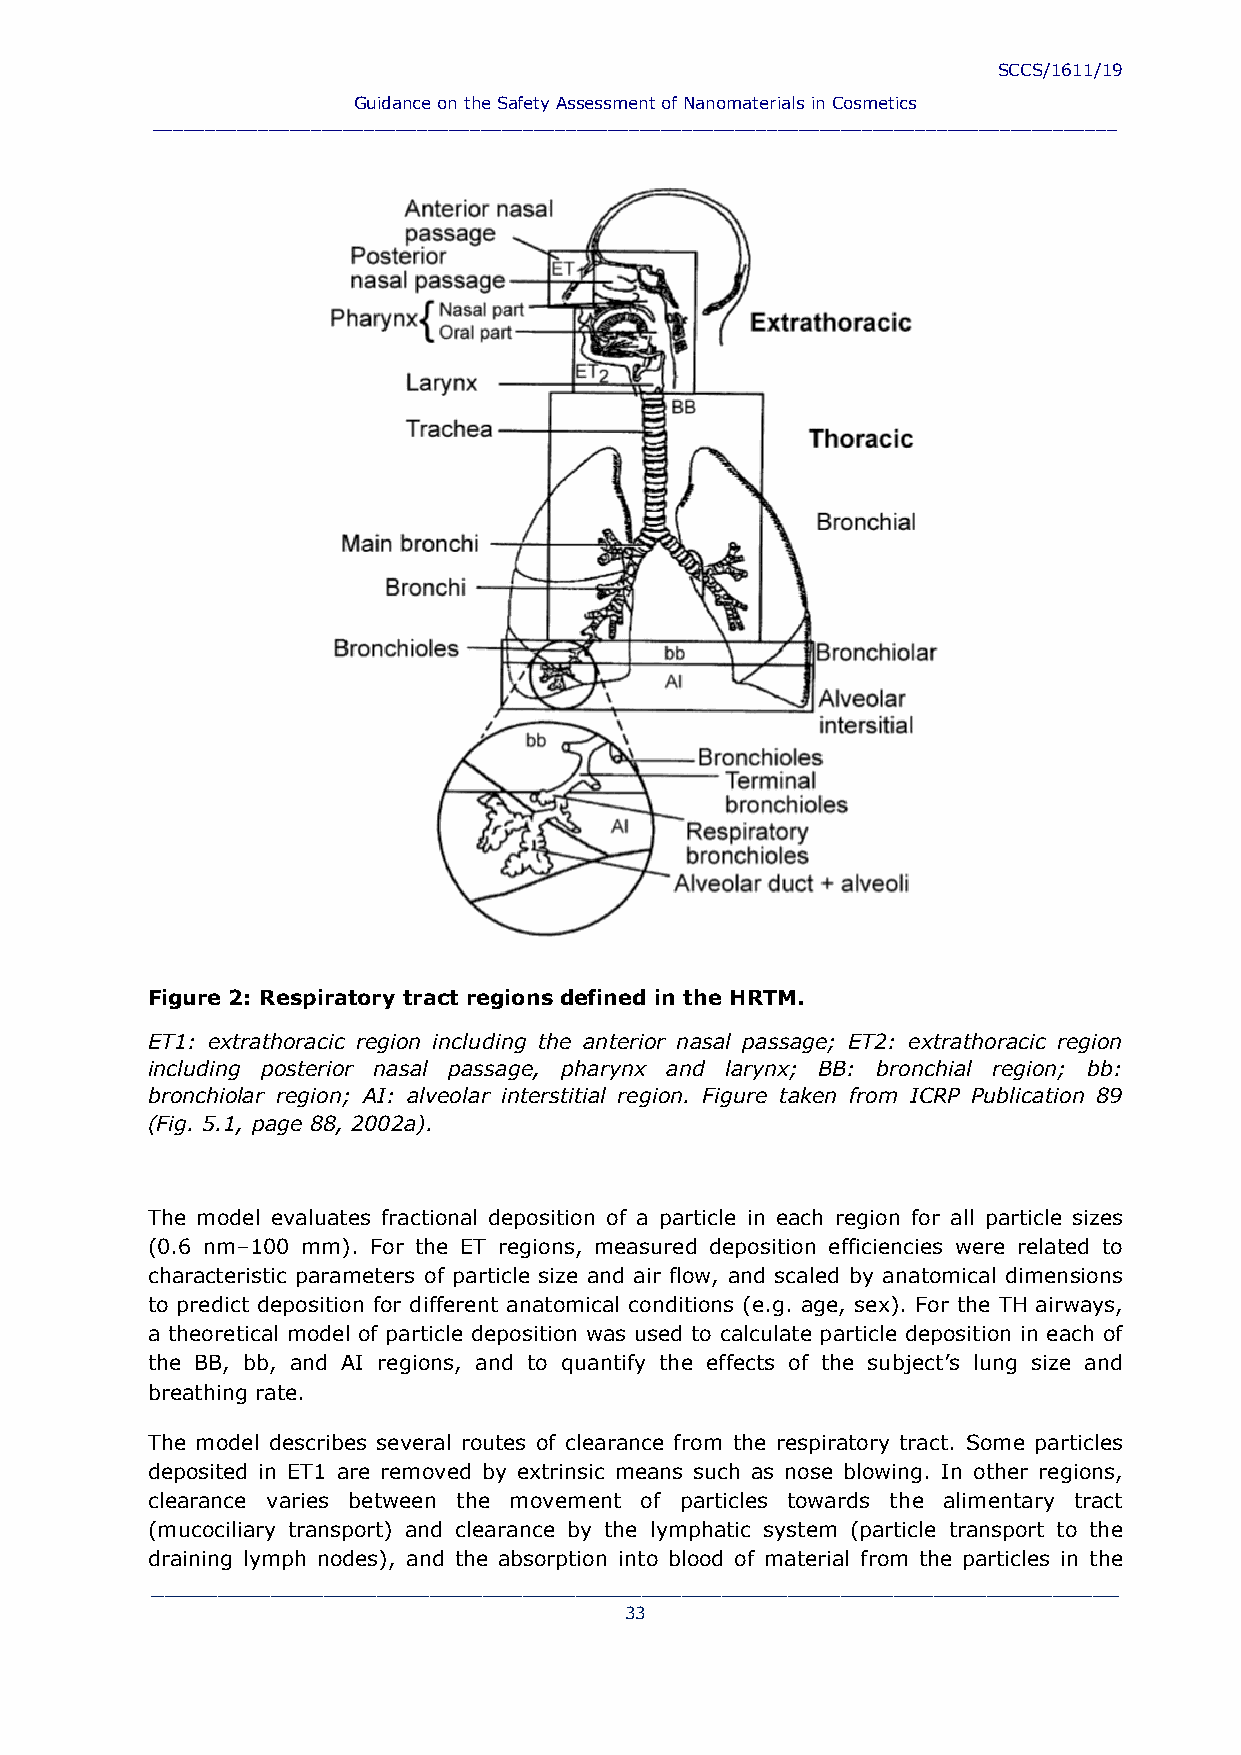
SCCS/1611/19
 Guidance on the Safety Assessment of Nanomaterials in Cosmetics
 ___________________________________________________________________________________________
 Figure 2: Respiratory tract regions defined in the HRTM.
 ET1: extrathoracic region including the anterior nasal passage; ET2: extrathoracic region
 including posterior nasal passage, pharynx and larynx; BB: bronchial region; bb:
 bronchiolar region; AI: alveolar interstitial region. Figure taken from ICRP Publication 89
 (Fig. 5.1, page 88, 2002a).
 The model evaluates fractional deposition of a particle in each region for all particle sizes
 (0.6 nm–100 mm). For the ET regions, measured deposition efficiencies were related to
 characteristic parameters of particle size and air flow, and scaled by anatomical dimensions
 to predict deposition for different anatomical conditions (e.g. age, sex). For the TH airways,
 a theoretical model of particle deposition was used to calculate particle deposition in each of
 the BB, bb, and AI regions, and to quantify the effects of the subject’s lung size and
 breathing rate.
 The model describes several routes of clearance from the respiratory tract. Some particles
 deposited in ET1 are removed by extrinsic means such as nose blowing. In other regions,
 clearance varies between the movement of particles towards the alimentary tract
 (mucociliary transport) and clearance by the lymphatic system (particle transport to the
 draining lymph nodes), and the absorption into blood of material from the particles in the
 _________________________________________________________________________
 33